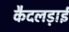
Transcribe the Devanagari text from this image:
कैदलड़ाई